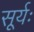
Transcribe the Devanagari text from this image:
सूर्यः